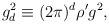
\begin{align*}g_{d}^{2} \equiv (2\pi)^{d} \rho' g^{2}, \end{align*}